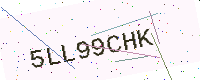
Text: 5LL99CHK